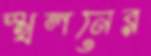
স্খলনের